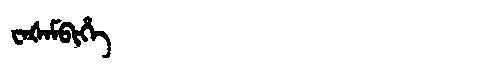
Manchu: ᠸᠠᡧᠠᠮᠪᡳᡥᡝ
Romanization: WAŠAMBIHE